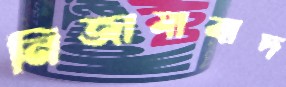
নিজামাবাদ